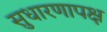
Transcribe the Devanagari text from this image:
सुधारणापक्ष